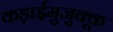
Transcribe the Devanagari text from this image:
कड़ाईमुजुक्कू